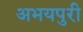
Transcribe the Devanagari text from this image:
अभयपुरी